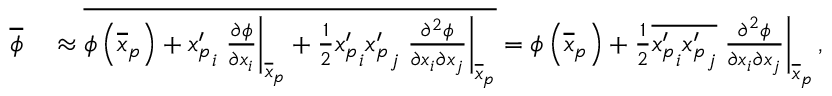
\begin{array} { r l } { \overline { { \phi } } } & { { } \approx \overline { { \phi \left( \overline { { \boldsymbol x } } _ { p } \right) + { x _ { p } ^ { \prime } } _ { i } \left. \frac { \partial \phi } { \partial x _ { i } } \right| _ { \overline { { \boldsymbol x } } _ { p } } + \frac { 1 } { 2 } { { x _ { p } ^ { \prime } } _ { i } { x _ { p } ^ { \prime } } _ { j } } \left. \frac { \partial ^ { 2 } \phi } { \partial x _ { i } \partial x _ { j } } \right| _ { \overline { { \boldsymbol x } } _ { p } } } } = \phi \left( \overline { { \boldsymbol x } } _ { p } \right) + \frac { 1 } { 2 } \overline { { { x _ { p } ^ { \prime } } _ { i } { x _ { p } ^ { \prime } } _ { j } } } \left. \frac { \partial ^ { 2 } \phi } { \partial x _ { i } \partial x _ { j } } \right| _ { \overline { { \boldsymbol x } } _ { p } } , } \end{array}